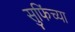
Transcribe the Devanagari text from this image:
सुफिंच्या